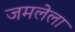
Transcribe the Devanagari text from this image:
जमलेला